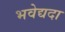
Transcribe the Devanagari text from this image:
भवेद्यदा